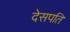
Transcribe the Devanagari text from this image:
देसपति